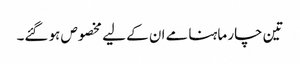
تین چار ماہنامے ان کے لیے مخصوص ہو گئے۔